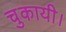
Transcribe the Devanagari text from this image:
चुकायी।